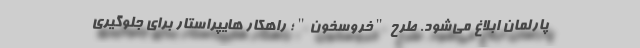
پارلمان ابلاغ می‌شود. طرح "خروسخون"؛ راهکار هایپراستار برای جلوگیری